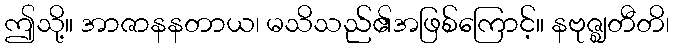
ဤသို့။ အာဇာနနတာယ၊ မသိသည်၏အဖြစ်ကြောင့်။ နဗုဇ္ဈတီတိ၊